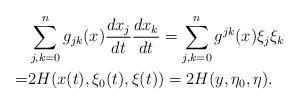
LaTeX: \begin{align*}&\sum_{j,k=0}^n g_{jk}(x)\frac{dx_j}{dt}\frac{dx_k}{dt}=\sum_{j,k=0}^n g^{jk}(x)\xi_j\xi_k\\=& 2H(x(t),\xi_0(t),\xi(t))=2H(y,\eta_0,\eta).\end{align*}